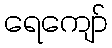
ရေကျော်